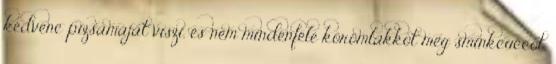
kedvenc pizsamáját viszi, és nem mindenféle körömlakkot meg sminkcuccot,